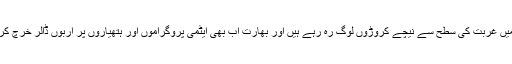
بھارت میں غربت کی سطح سے نیچے کروڑوں لوگ رہ رہے ہیں اور بھارت اب بھی ایٹمی پروگراموں اور ہتھیاروں پر اربوں ڈالر خرچ کررہا ہے۔